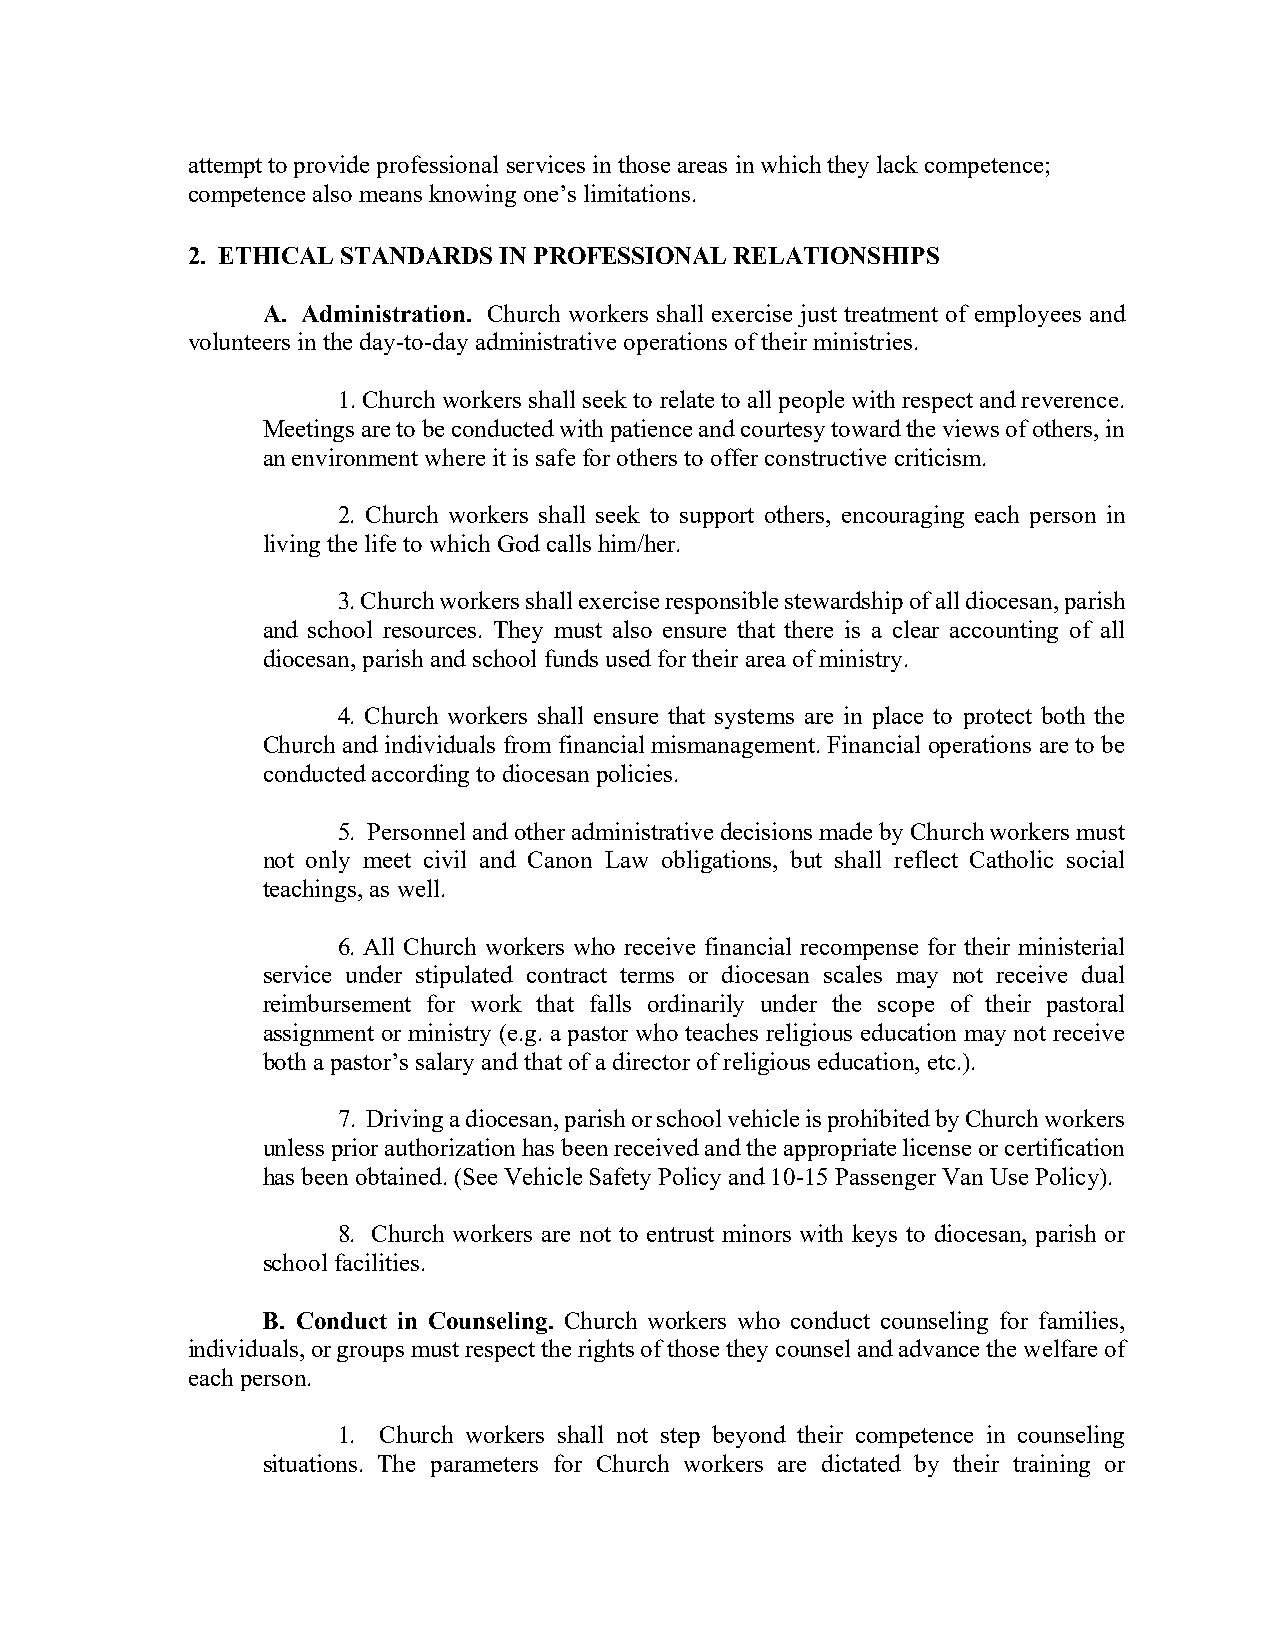
attempt to provide professional services in those areas in which they lack competence;
 competence also means knowing one’s limitations.
 2. ETHICAL STANDARDS IN PROFESSIONAL RELATIONSHIPS
 A. Administration. Church workers shall exercise just treatment of employees and
 volunteers in the day-to-day administrative operations of their ministries.
 1. Church workers shall seek to relate to all people with respect and reverence.
 Meetings are to be conducted with patience and courtesy toward the views of others, in
 an environment where it is safe for others to offer constructive criticism.
 2. Church workers shall seek to support others, encouraging each person in
 living the life to which God calls him/her.
 3. Church workers shall exercise responsible stewardship of all diocesan, parish
 and school resources. They must also ensure that there is a clear accounting of all
 diocesan, parish and school funds used for their area of ministry.
 4. Church workers shall ensure that systems are in place to protect both the
 Church and individuals from financial mismanagement. Financial operations are to be
 conducted according to diocesan policies.
 5. Personnel and other administrative decisions made by Church workers must
 not only meet civil and Canon Law obligations, but shall reflect Catholic social
 teachings, as well.
 6. All Church workers who receive financial recompense for their ministerial
 service under stipulated contract terms or diocesan scales may not receive dual
 reimbursement for work that falls ordinarily under the scope of their pastoral
 assignment or ministry (e.g. a pastor who teaches religious education may not receive
 both a pastor’s salary and that of a director of religious education, etc.).
 7. Driving a diocesan, parish or school vehicle is prohibited by Church workers
 unless prior authorization has been received and the appropriate license or certification
 has been obtained. (See Vehicle Safety Policy and 10-15 Passenger Van Use Policy).
 8. Church workers are not to entrust minors with keys to diocesan, parish or
 school facilities.
 B. Conduct in Counseling. Church workers who conduct counseling for families,
 individuals, or groups must respect the rights of those they counsel and advance the welfare of
 each person.
 1. Church workers shall not step beyond their competence in counseling
 situations. The parameters for Church workers are dictated by their training or